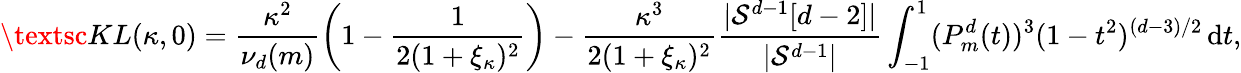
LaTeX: \textsc{KL}(\kappa,0)=\frac{\kappa^{2}}{\nu_{d}(m)}\left(1-\frac{1}{2(1+\xi_{\kappa})^{2}}\right)-\frac{\kappa^{3}}{2(1+\xi_{\kappa})^{2}}\frac{|\mathcal{S}^{d-1}[d-2]|}{|\mathcal{S}^{d-1}|}\int_{-1}^{1}(P_{m}^{d}(t))^{3}(1-t^{2})^{(d-3)/2}\, \mathrm{d}t,